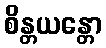
စိန္တယန္တော